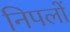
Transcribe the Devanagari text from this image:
निपलों